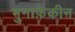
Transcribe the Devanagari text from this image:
मुनाफ़ेकीन